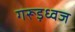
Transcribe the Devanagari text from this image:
गरूड़ध्वज